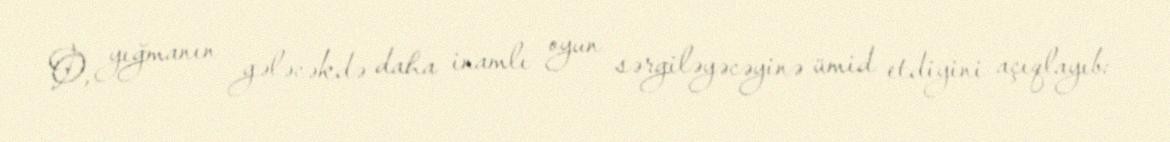
O, yığmanın gələcəkdə daha inamlı oyun sərgiləyəcəyinə ümid etdiyini açıqlayıb: